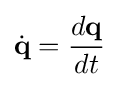
{\dot {\mathbf {q} }}={\frac {d\mathbf {q} }{dt}}~